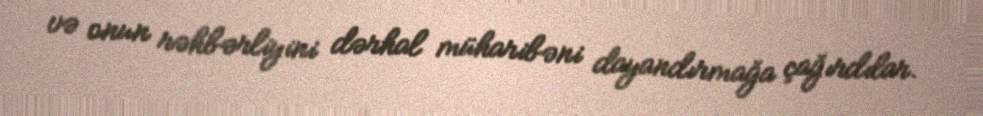
və onun rəhbərliyini dərhal müharibəni dayandırmağa çağırdılar.